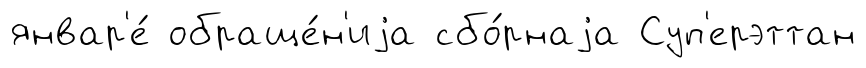
январ'е́ обраще́н'иjа сбо́рнаjа Суп'ерэттан